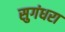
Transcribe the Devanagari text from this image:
सुगंधरा